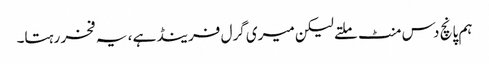
ہم پانچ دس منٹ ملتے لیکن میری گرل فرینڈ ہے ، یہ فخر رہتا۔